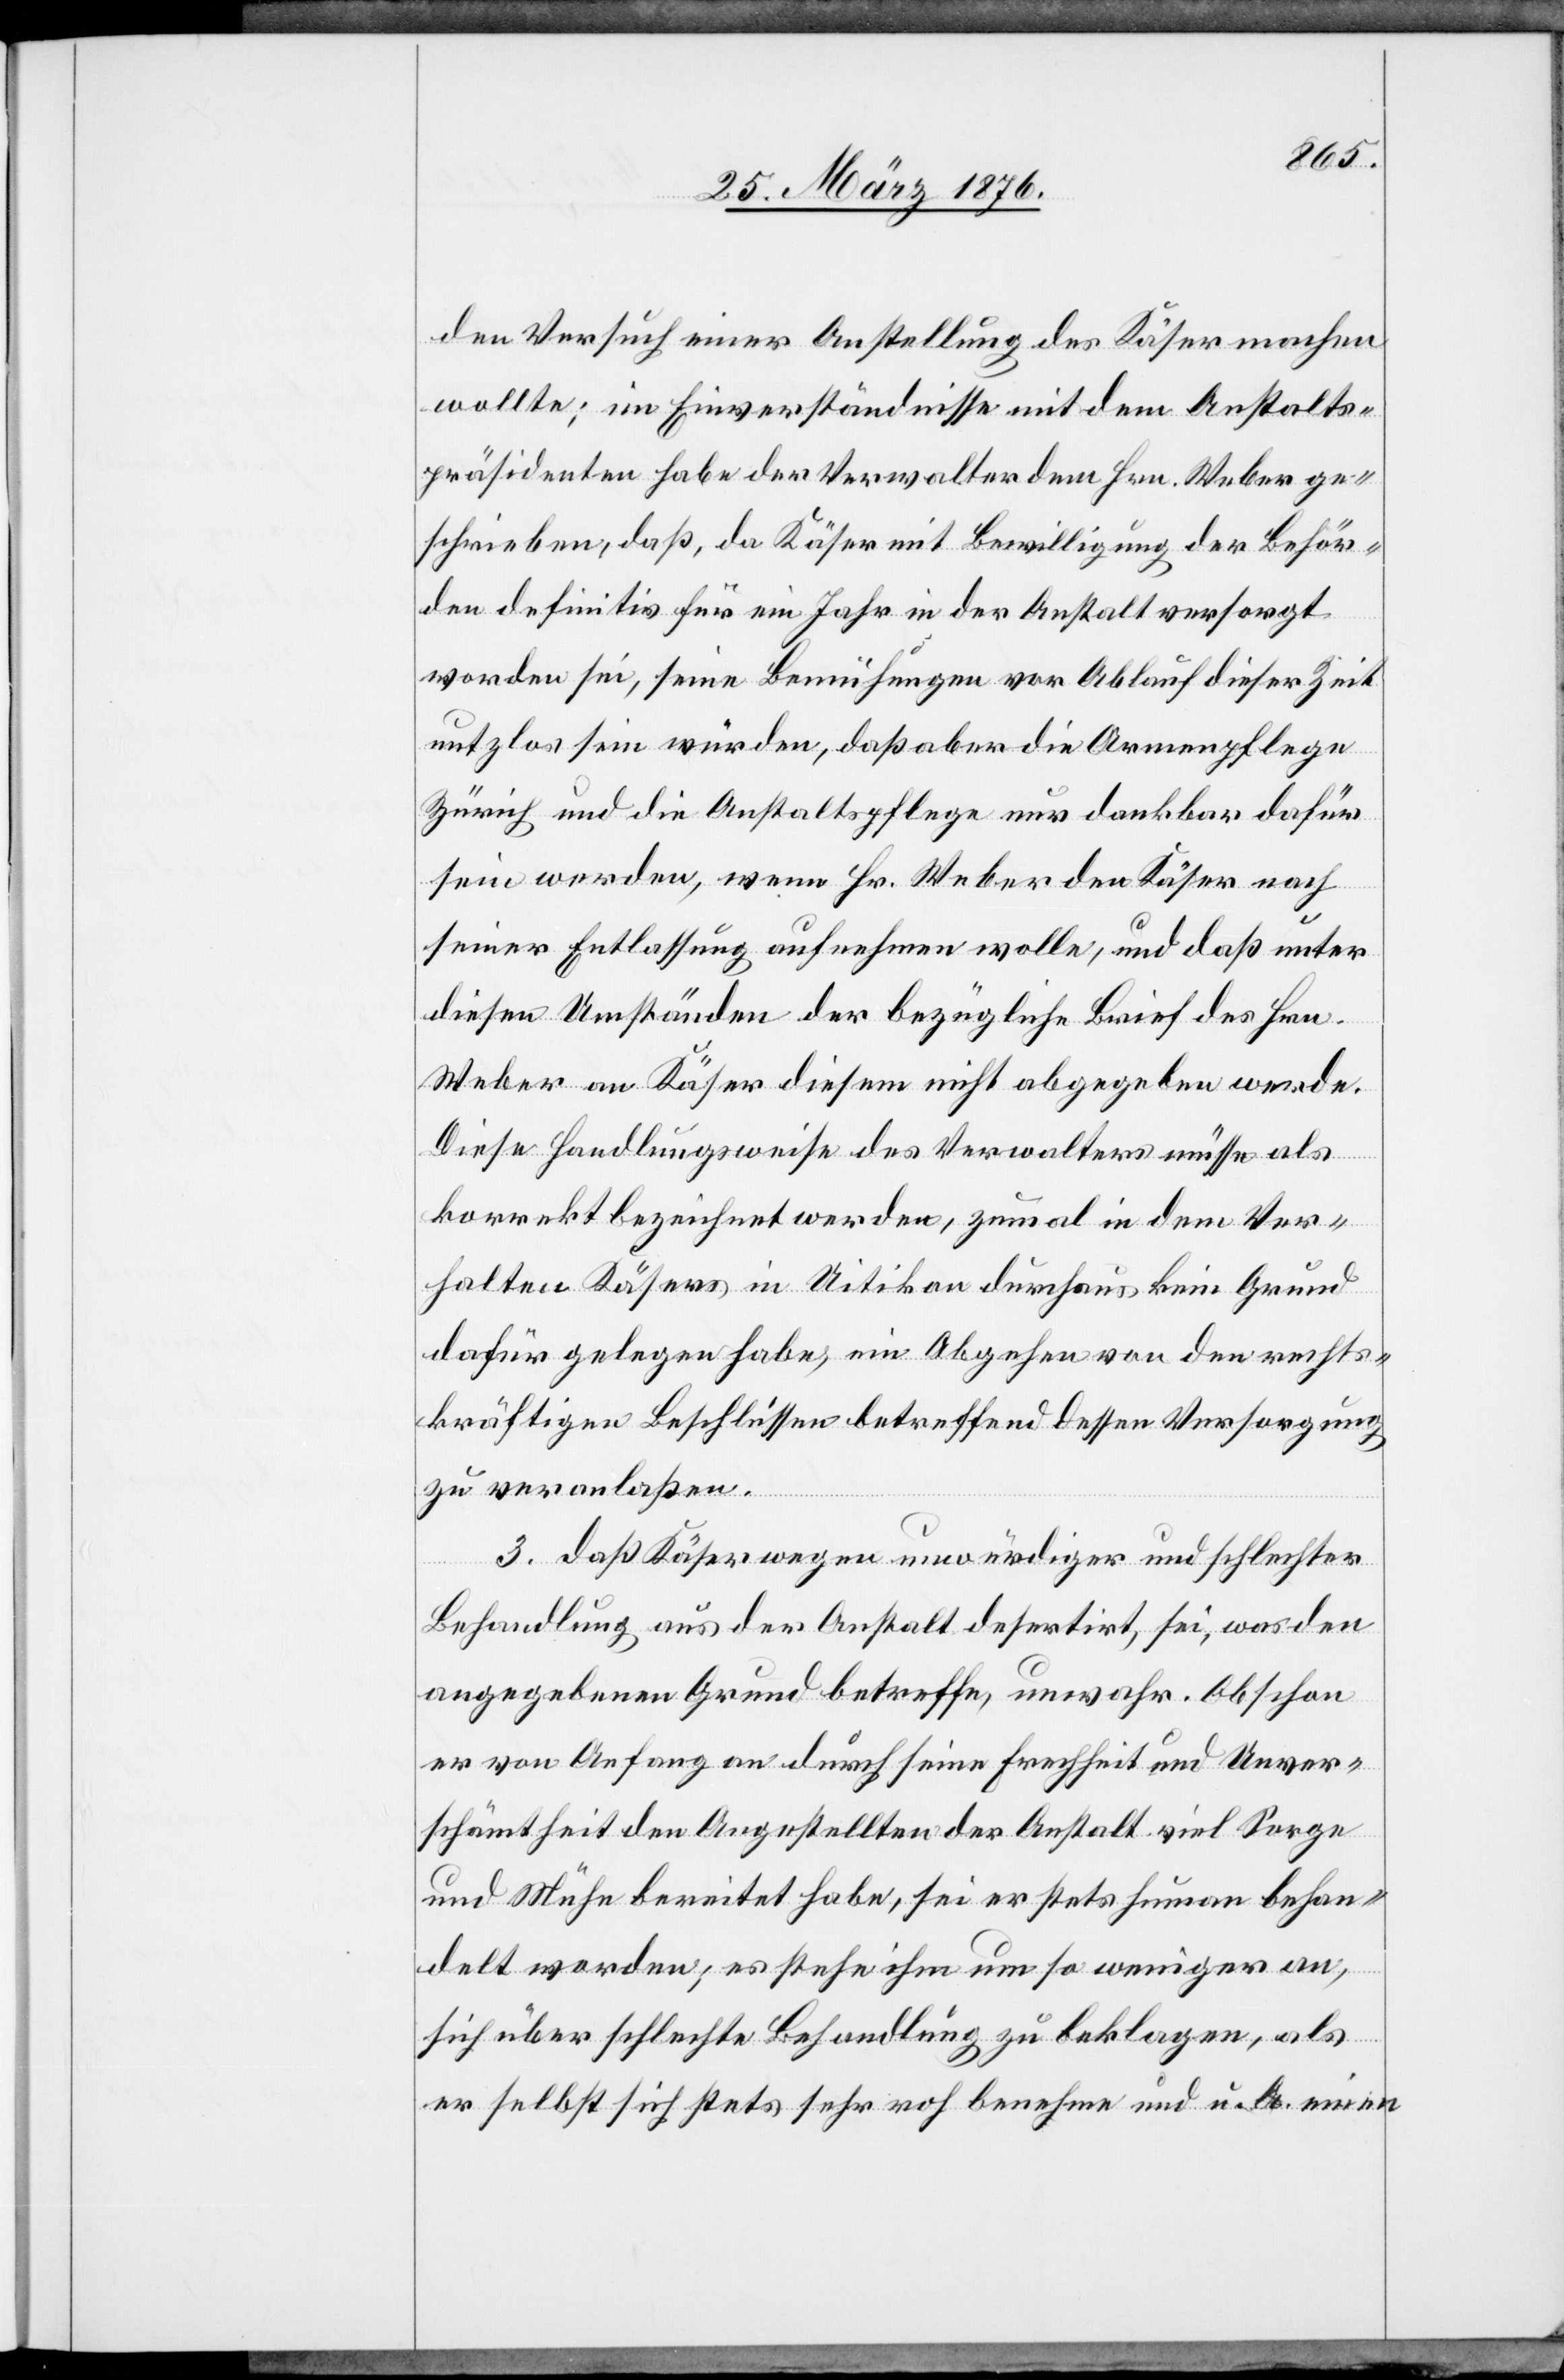
den Versuch einer Anstellung des Käser machen
wollte; im Einverständnis mit dem Anstalts¬
präsidenten habe der Verwalter dem Hrn. Weber ge¬
schrieben, daß, da Käser mit Bewilligung der Behör¬
den definitiv für ein Jahr in der Anstalt versorgt
worden sei, seine Bemühungen vor Ablauf dieser Zeit
nutzlos sein würden, daß aber die Armenpflege
Zürich und die Anstaltspflege nur dankbar dafür
sein werden, wenn Hr. Weber den Käser nach
seiner Entlassung aufnehmen wolle, und daß unter
diesen Umständen der bezügliche Brief des Hrn.
Weber an Käser diesem nicht abgegeben werde.
Diese Handlungsweise des Verwalters müsse als
korrekt bezeichnet werden, zumal in dem Ver¬
halten Käsers in Uitikon durchaus kein Grund
dafür gelegen habe, ein Abgehen von den rechts¬
kräftigen Beschlüssen betreffend dessen Versorgung
zu veranlaßen.
3. daß Käser wegen unwürdiger und schlechter
Behandlung aus der Anstalt desertirt, sei, was den
angegebenen Grund betreffe, unwahr. Obschon
er von Anfang an durch seine Frechheit und Unver¬
schämtheit den Angestellten der Anstalt viel Sorge
und Mühe bereitet habe, sei er stets human behan¬
delt worden; es stehe ihm um so weniger an,
sich über schlechte Behandlung zu beklagen, als
er selbst sich stets sehr roh benehme und u. A. einen